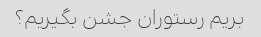
بریم رستوران جشن بگیریم؟